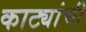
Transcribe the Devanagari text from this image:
काट्यांची